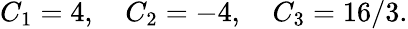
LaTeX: C_{1}=4,\quad C_{2}=-4,\quad C_{3}={16}/{3}.